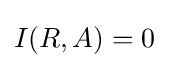
{\textstyle I(R,A)=0}